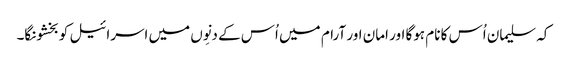
کہ سلیمان اُس کا نام ہوگا اور امان اور آرام میں اُس کے دنِوں میں اسرائیل کو بخشونگا۔